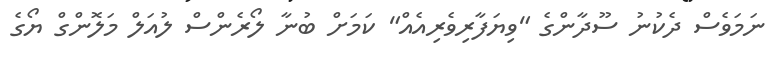
ނަމަވެސް ދެކުނު ސޫދާންގެ "ވިޔަފާރިވެރިއެއް" ކަމަށް ބުނާ ލޯރެންސް ލުއަލް މަލޮންގް ޔޯގެ